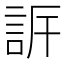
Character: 𧦡